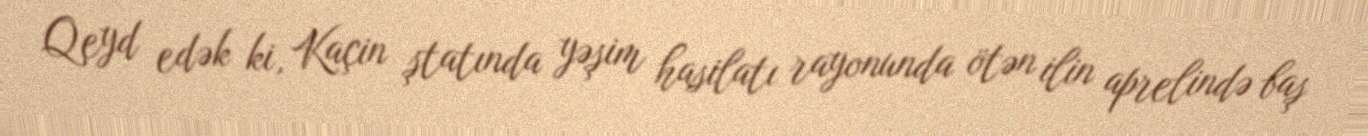
Qeyd edək ki, Kaçin ştatında yəşim hasilatı rayonunda ötən ilin aprelində baş